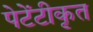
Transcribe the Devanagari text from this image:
पेटेंटीकृत